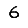
Digit: 6